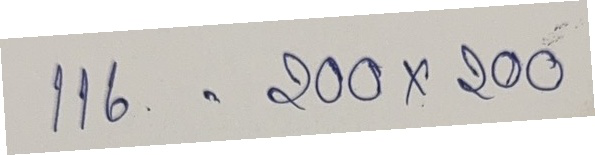
116 = 200x200